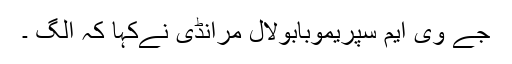
جے وی ایم سپریموبابولال مرانڈی نےکہا کہ الگ ۔